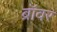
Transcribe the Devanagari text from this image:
ब्रॉवर